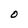
Character: O